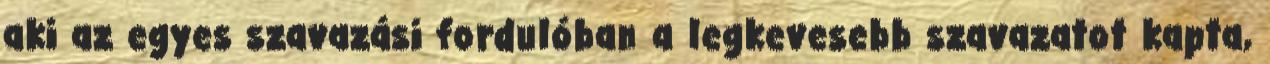
aki az egyes szavazási fordulóban a legkevesebb szavazatot kapta,